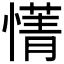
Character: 𫻄